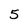
Character: 5